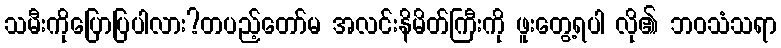
သမီးကိုပြောပြပါလား?တပည့်တော်မ အလင်းနိမိတ်ကြီးကို ဖူးတွေ့ရပါ လို၏ ဘဝသံသရာ